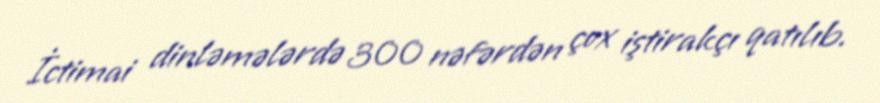
İctimai dinləmələrdə 300 nəfərdən çox iştirakçı qatılıb.